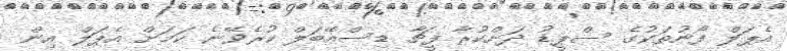
އެޕަލް ފޯނުތަކުގެ ސްޕީޑު ދަށްކުރާ ފީޗާ ޑިސްއޭބަލް ކުރެވޭނެ ކަމަށް އެޕަލް އިން